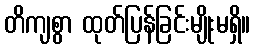
တိကျစွာ ထုတ်ပြန်ခြင်းမျိုးမရှိ။